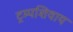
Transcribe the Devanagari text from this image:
ट्रम्पशिवाय